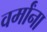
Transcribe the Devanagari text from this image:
वर्मांना